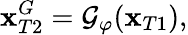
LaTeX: \mathbf{x}_{T2}^{G}=\mathcal{{G}}_{\varphi}(\mathbf{x}_{T1}),